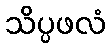
သိပ္ပဖလံ